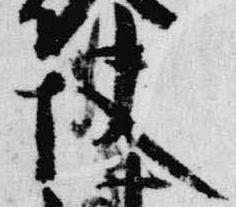
快